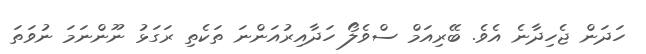
ހަދަން ޖެހިދާނެ އެވެ. ބޭރިއަމް ސްވެލޯ ހަދާއިރުއަންނަ ތަކެތި ރަގަޅު ނޫންނަމަ ނުވަތަ